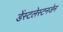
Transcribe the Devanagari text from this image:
डेंस्टलेस्टनजेन